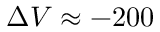
\Delta V \approx - 2 0 0